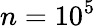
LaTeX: n=10^{5}